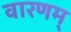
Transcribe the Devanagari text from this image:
वारणम्